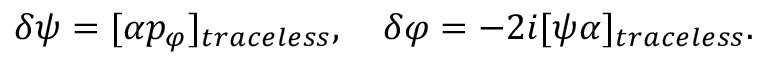
\delta \psi = [ \alpha p _ { \varphi } ] _ { t r a c e l e s s } , \quad \delta \varphi = - 2 i [ \psi \alpha ] _ { t r a c e l e s s } .